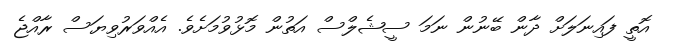
އޮތީ ފައިނަލަށް ދާން ބޭނުން ނަމަ ސީޝެލްސް އަތުން މޮޅުވުމަށެވެ. އެއްވަރުވިޔަސް ރާއްޖެ